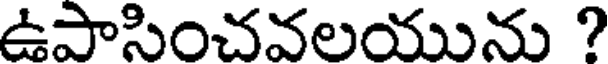
ఉపాసించవలయును ?